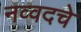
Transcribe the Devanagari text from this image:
नव्वदचे